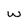
Character: w